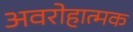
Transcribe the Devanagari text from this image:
अवरोहात्मक